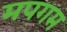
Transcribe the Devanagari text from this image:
मपगम